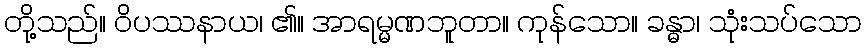
တို့သည်။ ဝိပဿနာယ၊ ၏။ အာရမ္မဏဘူတာ။ ကုန်သော။ ခန္ဓာ၊ သုံးသပ်သော